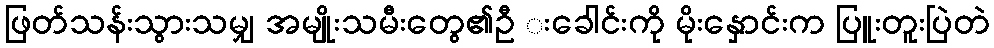
ဖြတ်သန်းသွားသမျှ အမျိုးသမီးတွေ၏ဦ းခေါင်းကို မိုးနှောင်းက ပြူးတူးပြဲတဲ